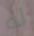
له